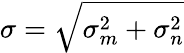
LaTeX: \sigma=\sqrt{\sigma_{m}^{2}+\sigma_{n}^{2}}